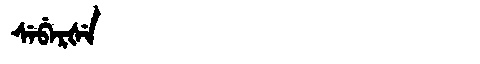
Manchu: ᠰᡝᠪᡝᡵᡧᡝ
Romanization: SEBERŠE